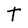
Character: t